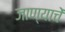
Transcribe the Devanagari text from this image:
जाण्याचें